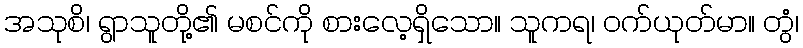
အသုစိ၊ ရွာသူတို့၏ မစင်ကို စားလေ့ရှိသော။ သူကရ၊ ဝက်ယုတ်မာ။ တွံ၊